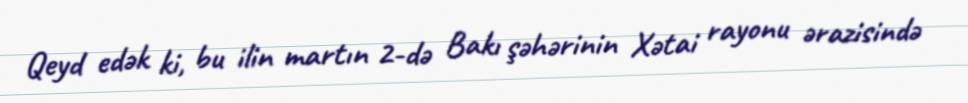
Qeyd edək ki, bu ilin martın 2-də Bakı şəhərinin Xətai rayonu ərazisində